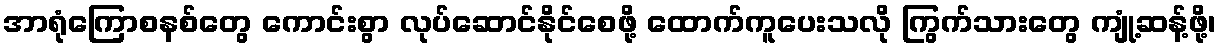
အာရုံကြောစနစ်တွေ ကောင်းစွာ လုပ်ဆောင်နိုင်စေဖို့ ထောက်ကူပေးသလို ကြွက်သားတွေ ကျုံ့ဆန့်ဖို့၊